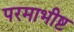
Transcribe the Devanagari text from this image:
परमाभीष्ट